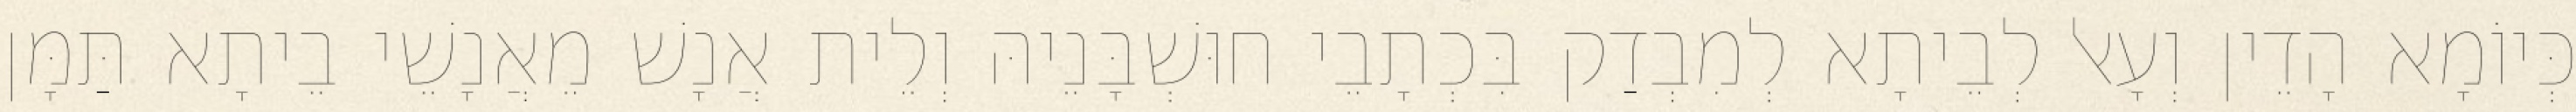
כְּיוֹמָא הָדֵין וְעָאל לְבֵיתָא לְמִבְדַק בִּכְתָבֵי חוּשְׁבָּנֵיהּ וְלֵית אֲנָשׁ מֵאֲנָשֵׁי בֵיתָא תַּמָּן